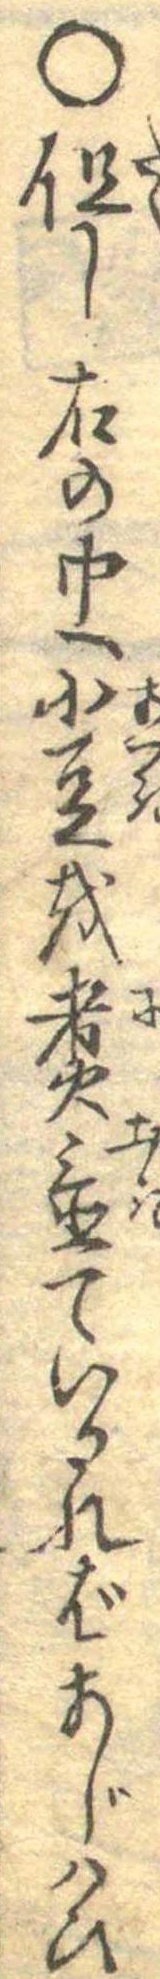
○但し右の中へ小豆を煮置ているればあじはひ